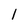
Character: 1